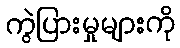
ကွဲပြားမှုများကို